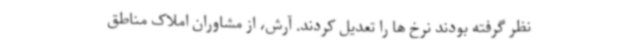
نظر گرفته بودند نرخ ها را تعدیل کردند. آرش، از مشاوران املاک مناطق